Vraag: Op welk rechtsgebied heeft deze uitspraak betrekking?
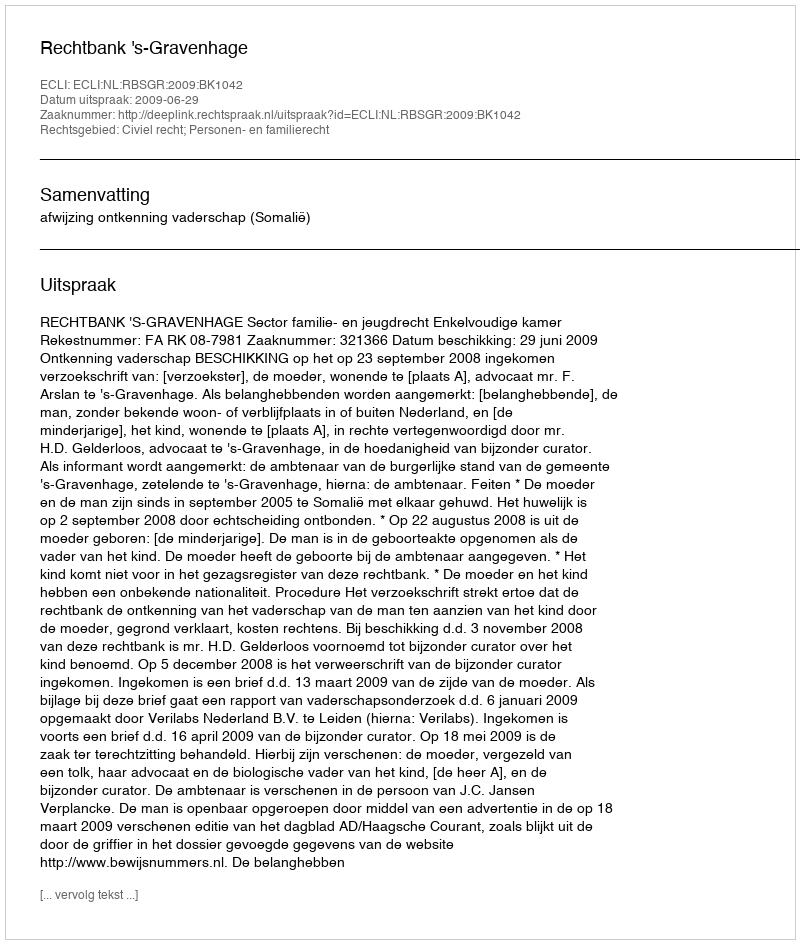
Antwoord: Civiel recht; Personen- en familierecht